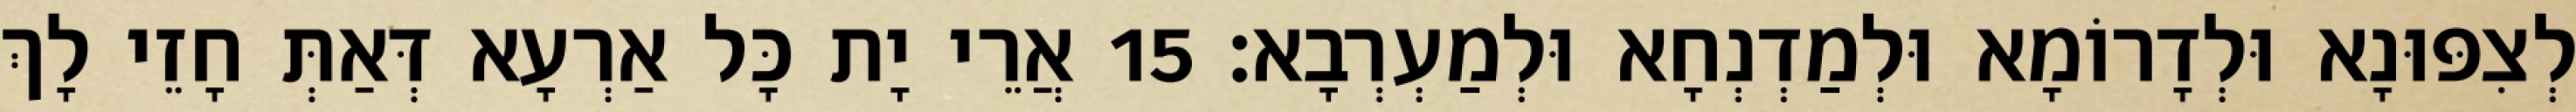
לְצִפּוּנָא וּלְדָרוֹמָא וּלְמַדְנְחָא וּלְמַעְרְבָא׃ 15 אֲרֵי יָת כָּל אַרְעָא דְּאַתְּ חָזֵי לָךְ